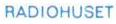
RADIOHUSET